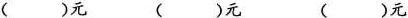
( )元 ( )元 ( )元